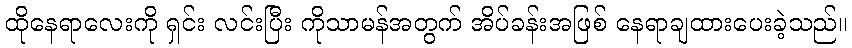
ထိုနေရာလေးကို ရှင်း လင်းပြီး ကိုသာမန်အတွက် အိပ်ခန်းအဖြစ် နေရာချထားပေးခဲ့သည်။